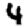
Digit: 4